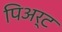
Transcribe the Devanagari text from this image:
पिअर्ट